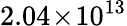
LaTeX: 2.04\! \times\! 10^{13}